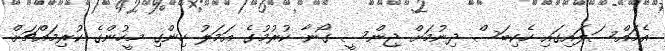
އެމައްސަލައިގައި ހެކިބަސް ދިނުމަށް ޖިންސީ ގޯނާ ކުރުމުގެ އަމަލު ހިންގި މީހުންގެ ކުރިމައްޗަށް